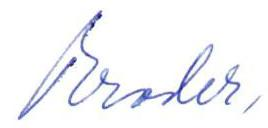
Broder,